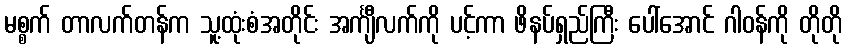
မစ္စက် တာလက်တန်က သူ့ထုံးစံအတိုင်း အင်္ကျီလက်ကို ပင့်ကာ ဖိနပ်ရှည်ကြီး ပေါ်အောင် ဂါဝန်ကို တိုတို